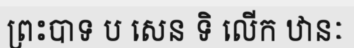
ព្រះបាទ ប សេន ទិ លើក ឋានៈ